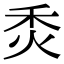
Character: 𤇫